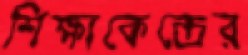
শিক্ষাকেন্দ্রের